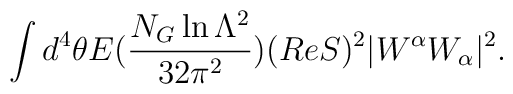
\int d^4\theta E  (\frac{N_G \ln \Lambda ^2}{32 \pi^2}) (Re S) ^2 |W^{\alpha}W_{\alpha}|^2 .